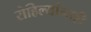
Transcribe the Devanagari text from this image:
रोहिल्यांनाही